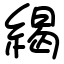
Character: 䋵